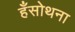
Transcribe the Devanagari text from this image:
हँसोथना